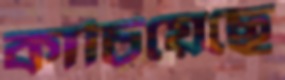
কাচিয়েছে